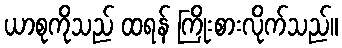
ယာစုကိုသည် ထရန် ကြိုးစားလိုက်သည်။